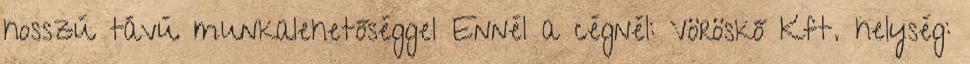
hosszú távú munkalehetőséggel Ennél a cégnél: Vöröskő Kft. helység: